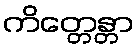
ကိတ္တေန္တာ